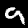
Digit: 9